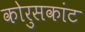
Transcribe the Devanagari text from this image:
कोरुसकांट